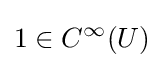
1\in C^{\infty }(U)